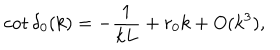
\cot \delta _ { 0 } ( k ) = - \frac { 1 } { k L } + r _ { 0 } k + O ( k ^ { 3 } ) ,